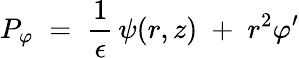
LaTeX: P_{\varphi}\; =\; \frac{1}{\epsilon}\, \psi(r,z)\; +\; r^{2}\varphi^{\prime}